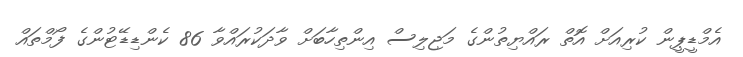
އެމްޑީޕީން ކުރިއަށް އޮތް ރައްޔިތުންގެ މަޖިލިސް އިންތިހާބަށް ވާދަކުރައްވާ 86 ކެންޑިޑޭޓުންގެ ފޯމްތައް